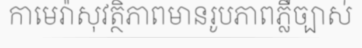
កាមេរ៉ាសុវត្ថិភាពមានរូបភាពភ្លឺច្បាស់